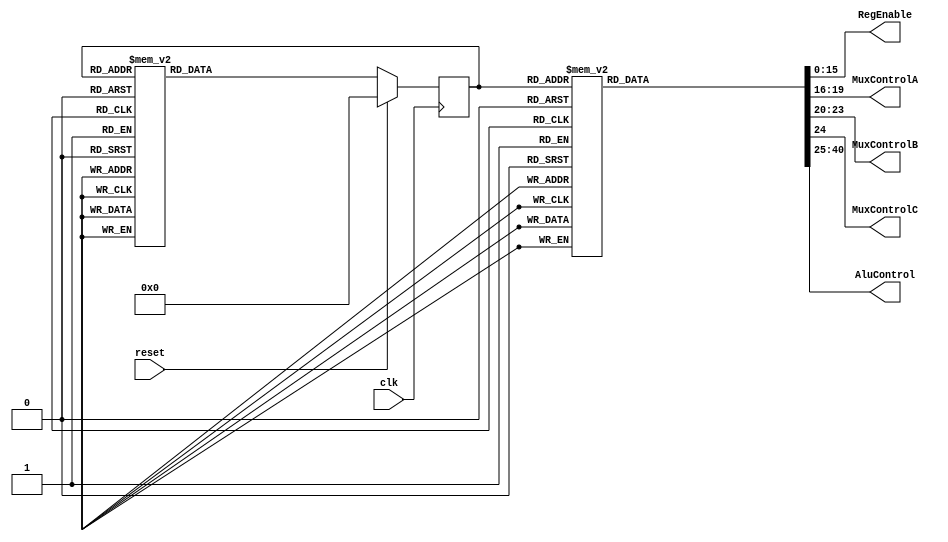
`timescale 1ns / 1ps
//////////////////////////////////////////////////////////////////////////////////
// Company: 
// Engineer: 
// 
// Design Name: 
// Module Name:    FSM 
// Project Name: 
// Target Devices: 
// Tool versions: 
// Description: 
//
// Dependencies: 
//
// Revision: 
// Revision 0.01 - File Created
// Additional Comments: 
//
//////////////////////////////////////////////////////////////////////////////////

module FSM_Fib (clk, reset, RegEnable, MuxControlA, MuxControlB, MuxControlC, AluControl);
	input clk, reset;
	output reg [15:0] RegEnable;
	output reg [3:0] MuxControlA, MuxControlB;
	output reg MuxControlC;
	output reg [15:0] AluControl;
	
	parameter [3:0] s0 = 4'b0000, s1 = 4'b0001, s2 = 4'b0010, s3 = 4'b0011, s4 = 4'b0100, 
						  s5 = 4'b0101, s6 = 4'b0110, s7 = 4'b0111, s8 = 4'b1000, s9 = 4'b1001, 
						  s10 = 4'b1010, s11 = 4'b1011, s12 = 4'b1100, s13 = 4'b1101, s14 = 4'b1110, s15 = 4'b1111; 
	reg [3:0] state = s0;
	
	// Define the next state combinational circuit
	always @(posedge clk)
	 begin
		if(reset == 1'b1)
		 begin
			state <= s0;
		 end
		else
		 begin
			case(state)
				s0: state <= s1;
				s1: state <= s2;
				s2: state <= s3;
				s3: state <= s4;
				s4: state <= s5;
				s5: state <= s6;
				s6: state <= s7;
				s7: state <= s8;
				s8: state <= s9;
				s9: state <= s10;
				s10: state <= s11;
				s11: state <= s12;
				s12: state <= s13;
				s13: state <= s14;
				s14: state <= s15;
				s15: state <= s15;
				default: state <= state;
			endcase
		 end
	 end
	
	always @(state)
	 begin
		case(state)
			s0: begin 
					RegEnable = 16'b 0000_0000_0000_0001; //r0 = 1
					MuxControlA = 4'b 0001;  // reg 1
					MuxControlB = 4'b 0000;  // doesn't matter, bc MuxC enabled
					MuxControlC = 1'b 1;    // 0 = reg, 1 = immed
					AluControl = 16'b 0101_0000_0000_0011;     // add immed. with empty reg; op 0000_0101, imm:0000_0010
				 end
			s1: begin 
					RegEnable = 16'b 0000_0000_0000_0010; // r1 = 2
					MuxControlA = 4'b 0000; //reg 0
					MuxControlB = 4'b 0000; //reg 0
					MuxControlC = 1'b 0; //add r0+r0
					AluControl = 16'b 0000_0000_0101_0000; //add 1 to r1
				 end			
			s2: begin 
					RegEnable = 16'b 0000_0000_0000_0100; // r2 = 3
					MuxControlA = 4'b 0000; //reg 0
					MuxControlB = 4'b 0001; //reg 1
					MuxControlC = 1'b 0;
					AluControl = 16'b 0000_0000_0101_0000;  // add r0 and r1 to r2
				 end		
			s3: begin 
					RegEnable = 16'b 0000_0000_0000_1000; //r3 = 5
					MuxControlA = 4'b 0001; //reg 1
					MuxControlB = 4'b 0010; //reg 2
					MuxControlC = 1'b 0;
					AluControl = 16'b 0000_0000_0101_0000; //add r1 and r2 to r3
				 end	
			s4: begin 
					RegEnable = 16'b 0000_0000_0001_0000; //r4 = 8
					MuxControlA = 4'b 0010; //reg 2
					MuxControlB = 4'b 0011; //reg 3
					MuxControlC = 1'b 0 ;
					AluControl = 16'b 0000_0000_0101_0000; //add r2 and r3 to r4 
				 end	
			s5: begin 
					RegEnable = 16'b 0000_0000_0010_0000 ; //r5 = 13
					MuxControlA = 4'b 0011; //reg 3
					MuxControlB = 4'b 0100; //reg 4
					MuxControlC = 1'b 0;
					AluControl = 16'b 0000_0000_0101_0000; //add r3 and r4 to r5
				 end	
			s6: begin 
					RegEnable = 16'b 0000_0000_0100_0000; //r6 = 21
					MuxControlA = 4'b 0100; //reg 4
					MuxControlB = 4'b 0101; //reg 5 
					MuxControlC = 1'b 0;
					AluControl = 16'b 0000_0000_0101_0000; //add r4 and r5 to r6
				 end	
			s7: begin 
					RegEnable = 16'b 0000_0000_1000_0000; //r7 = 34
					MuxControlA = 4'b 0101; //reg 5
					MuxControlB = 4'b 0110; //reg 6
					MuxControlC = 1'b 0;
					AluControl = 16'b 0000_0000_0101_0000; //add r5 and r6 to r7
				 end	
			s8: begin 
					RegEnable = 16'b 0000_0001_0000_0000; //r8 = 55
					MuxControlA = 4'b 0110; //reg 6
					MuxControlB = 4'b 0111; //reg 7
					MuxControlC = 1'b 0;
					AluControl = 16'b 0000_0000_0101_0000; //add r6 and r7 to r8
				 end
			s9: begin 
					RegEnable = 16'b 0000_0010_0000_0000; //r9 = 89
					MuxControlA = 4'b 0111; //reg 7
					MuxControlB = 4'b 1000; //reg 8
					MuxControlC = 1'b 0;
					AluControl = 16'b 0000_0000_0101_0000; //add r7 and r8 to r9
				 end
			s10: begin 
					RegEnable = 16'b 0000_0100_0000_0000; //r10 = 144
					MuxControlA = 4'b 1000; //reg 8
					MuxControlB = 4'b 1001; //reg 9
					MuxControlC = 1'b 0;
					AluControl = 16'b 0000_0000_0101_0000; //add r8 and r9 to r10
				 end
			s11: begin 
					RegEnable = 16'b 0000_1000_0000_0000; //r11 = 233
					MuxControlA = 4'b 1001; //reg 9
					MuxControlB = 4'b 1010; //reg 10
					MuxControlC = 1'b 0;
					AluControl = 16'b 0000_0000_0101_0000; //add r9 and r10 to r11
				 end
			s12: begin 
					RegEnable = 16'b 0001_0000_0000_0000; //r12 = 377
					MuxControlA = 4'b 1010; //reg 10
					MuxControlB = 4'b 1011; //reg 11
					MuxControlC = 1'b 0;
					AluControl = 16'b 0000_0000_0101_0000; //add r10 and r11 to r12
				 end
			s13: begin 
					RegEnable = 16'b 0010_0000_0000_0000; //r13 = 610
					MuxControlA = 4'b 1011; //reg 11
					MuxControlB = 4'b 1100; //reg 12
					MuxControlC = 1'b 0;
					AluControl = 16'b 0000_0000_0101_0000; //add r11 and r12 to r13
				 end
			s14: begin 
					RegEnable = 16'b 0100_0000_0000_0000; //r14 = 987
					MuxControlA = 4'b 1100; //reg 12
					MuxControlB = 4'b 1101; //reg 13
					MuxControlC = 1'b 0;
					AluControl = 16'b 0000_0000_0101_0000; //add r12 and r13 to r14
				 end
			s15: begin 
					RegEnable = 16'b 1000_0000_0000_0000; //r15 = 1597
					MuxControlA = 4'b 1101; //reg 13
					MuxControlB = 4'b 1110; //reg 14
					MuxControlC = 1'b 0;
					AluControl = 16'b 0000_0000_0101_0000; //add r13 and r14 to r15
				 end
			default: begin 
					RegEnable = 16'b 0000_0000_0000_0000; 
					MuxControlA = 4'b 0000;
					MuxControlB = 4'b 0000;
					MuxControlC = 1'b 0;
					AluControl = 16'b 0000_0000_0000_0000; //nop
				 end
		endcase
	 end
endmodule